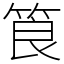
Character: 筤